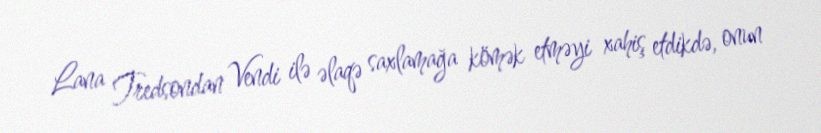
Lana Tredsondan Vendi ilə əlaqə saxlamağa kömək etməyi xahiş etdikdə, onun